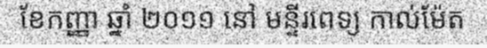
ខែកញ្ញា ឆ្នាំ ២០១១ នៅ មន្ទីរពេទ្យ កាល់ម៉ែត